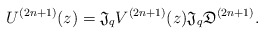
\begin{align*}U^{(2n+1)}(z)={\mathfrak J}_qV^{(2n+1)}(z){\mathfrak J}_q {\mathfrak D^{(2n+1)}}.\end{align*}